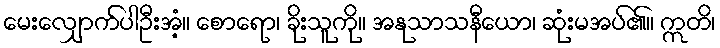
မေးလျှောက်ပါဦးအံ့။ စောရော၊ ခိုးသူကို။ အနုသာသနီယော၊ ဆုံးမအပ်၏။ ဣတိ၊